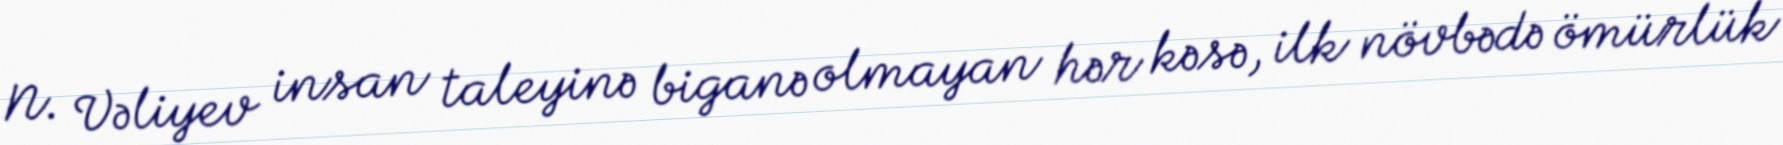
N. Vəliyev insan taleyinə biganə olmayan hər kəsə, ilk növbədə ömürlük